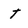
Character: t